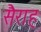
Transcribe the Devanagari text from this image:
सैराह